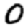
Digit: 0